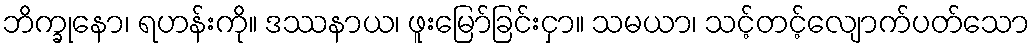
ဘိက္ခုနော၊ ရဟန်းကို။ ဒဿနာယ၊ ဖူးမြော်ခြင်းငှာ။ သမယာ၊ သင့်တင့်လျောက်ပတ်သော